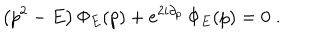
\left( p ^ { 2 } - E \right) \Phi _ { E } ( p ) + e ^ { 2 i \partial _ { p } } \, \Phi _ { E } ( p ) = 0 \; .